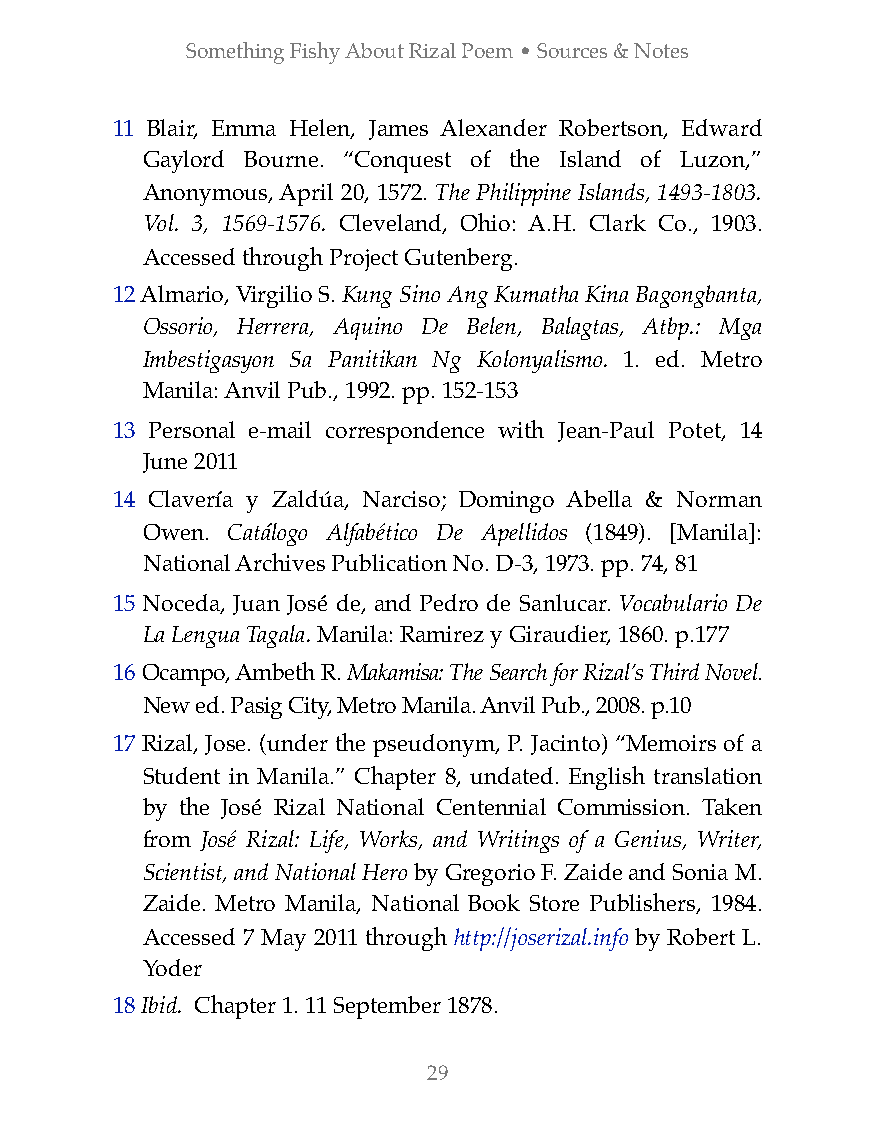
Something Fishy About Rizal Poem • Sources & Notes
 11 Blair, Emma Helen, James Alexander Robertson, Edward
 Gaylord Bourne. “Conquest of the Island of Luzon,”
 Anonymous, April 20, 1572. The Philippine Islands, 1493-1803.
 Vol. 3, 1569-1576. Cleveland, Ohio: A.H. Clark Co., 1903.
 Accessed through Project Gutenberg.
 12 Almario, Virgilio S. Kung Sino Ang Kumatha Kina Bagongbanta,
 Ossorio, Herrera, Aquino De Belen, Balagtas, Atbp.: Mga
 Imbestigasyon Sa Panitikan Ng Kolonyalismo. 1. ed. Metro
 Manila: Anvil Pub., 1992. pp. 152-153
 13 Personal e-mail correspondence with Jean-Paul Potet, 14
 June 2011
 14 Clavería y Zaldúa, Narciso; Domingo Abella & Norman
 Owen. Catálogo Alfabético De Apellidos (1849). [Manila]:
 National Archives Publication No. D-3, 1973. pp. 74, 81
 15 Noceda, Juan José de, and Pedro de Sanlucar. Vocabulario De
 La Lengua Tagala. Manila: Ramirez y Giraudier, 1860. p.177
 16 Ocampo, Ambeth R. Makamisa: The Search for Rizal’s Third Novel.
 New ed. Pasig City, Metro Manila. Anvil Pub., 2008. p.10
 17 Rizal, Jose. (under the pseudonym, P. Jacinto) “Memoirs of a
 Student in Manila.” Chapter 8, undated. English translation
 by the José Rizal National Centennial Commission. Taken
 from José Rizal: Life, Works, and Writings of a Genius, Writer,
 Scientist, and National Hero by Gregorio F. Zaide and Sonia M.
 Zaide. Metro Manila, National Book Store Publishers, 1984.
 Accessed 7 May 2011 through http://joserizal.info by Robert L.
 Yoder
 18 Ibid. Chapter 1. 11 September 1878.
 29